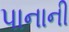
પાનાની